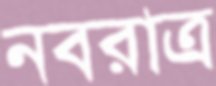
নবরাত্র